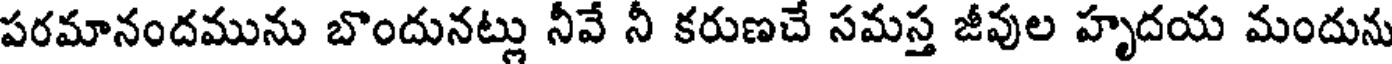
పరమానందమును బొందునట్లు నీవే నీ కరుణచే సమస్త జీవుల హృదయ మందును